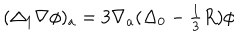
LaTeX: ( \Delta _ { 1 } \nabla \phi ) _ { a } = 3 \nabla _ { a } ( \Delta _ { 0 } - { \textstyle \frac { 1 } { 3 } } R ) \phi